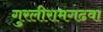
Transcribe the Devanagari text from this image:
गुरलीरामगढवा